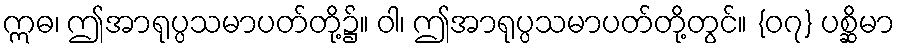
ဣဓ၊ ဤအာရုပ္ပသမာပတ်တို့၌။ ဝါ၊ ဤအာရုပ္ပသမာပတ်တို့တွင်။ {၀၇} ပစ္ဆိမာ